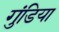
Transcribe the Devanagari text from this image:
गुंडिया